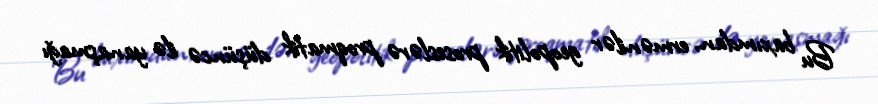
Bu baxımdan, ermənilər geopolitik proseslərə proqmatik düşüncə ilə yanaşmağı